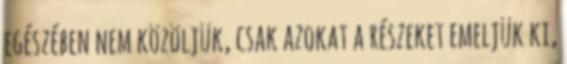
egészében nem közöljük, csak azokat a részeket emeljük ki,